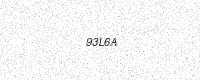
Text: 93L6A